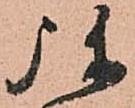
弥